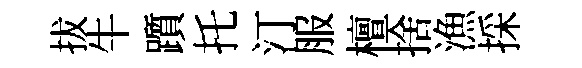
拔牛躓托汀服檀捨漁採